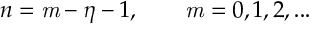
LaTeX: n = \mathit { m } - \eta - 1 , \qquad \mathit { m } = 0 , 1 , 2 , . . .